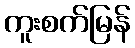
ကူးစက်မြန်